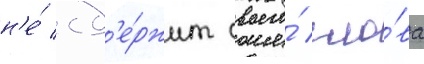
н'е́ сд'е́ржит своего́ сло́ва